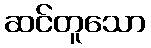
ဆင်တူသော